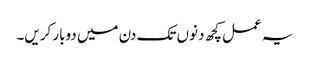
یہ عمل کچھ دنوں تک دن میں دوبار کریں۔